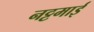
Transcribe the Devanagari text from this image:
नट्टमाई